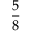
\frac { 5 } { 8 }